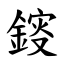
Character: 䤹